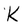
Character: K